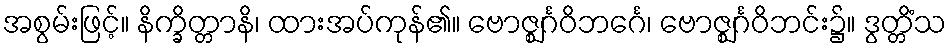
အစွမ်းဖြင့်။ နိက္ခိတ္တာနိ၊ ထားအပ်ကုန်၏။ ဗောဇ္ဈင်္ဂဝိဘင်္ဂေ၊ ဗောဇ္ဈင်္ဂဝိဘင်း၌။ ဒွတ္တိံသ